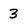
Character: 3